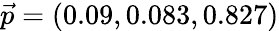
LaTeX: \vec{p}=(0.09,0.083,0.827)